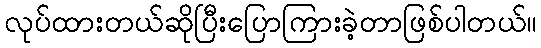
လုပ်ထားတယ်ဆိုပြီးပြောကြားခဲ့တာဖြစ်ပါတယ်။